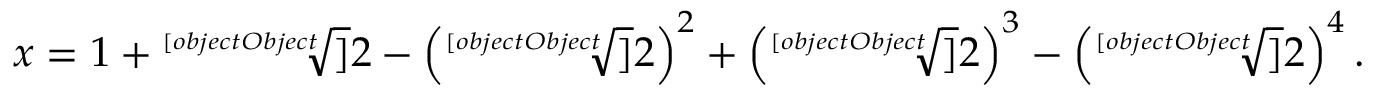
x = 1 + { \sqrt [ [object Object] ] { 2 } } - \left( { \sqrt [ [object Object] ] { 2 } } \right) ^ { 2 } + \left( { \sqrt [ [object Object] ] { 2 } } \right) ^ { 3 } - \left( { \sqrt [ [object Object] ] { 2 } } \right) ^ { 4 } .